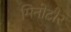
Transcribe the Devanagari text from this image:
मिनोटौर